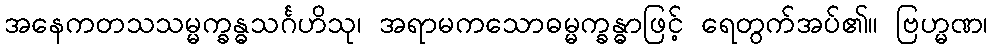
အနေကတသသမ္မက္ခန္ဓသင်္ဂဟိသု၊ အရာမကသောဓမ္မက္ခန္ဓာဖြင့် ရေတွက်အပ်၏။ ဗြဟ္မဏ၊